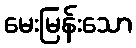
မေးမြန်းသော